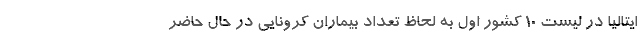
ایتالیا در لیست ۱۰ کشور اول به لحاظ تعداد بیماران کرونایی در حال حاضر